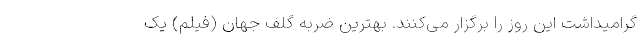
گرامیداشت این روز را برگزار می‌کنند. بهترین ضربه گلف جهان (فیلم) یک